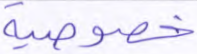
خصوصية